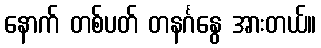
နောက် တစ်ပတ် တနင်္ဂနွေ အားတယ်။